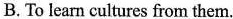
B.To learn cultures from them.